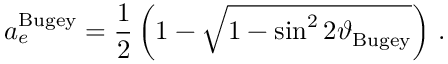
a _ { e } ^ { \mathrm { B u g e y } } = \frac { 1 } { 2 } \left( 1 - \sqrt { 1 - \sin ^ { 2 } 2 \vartheta _ { \mathrm { B u g e y } } } \right) \, .